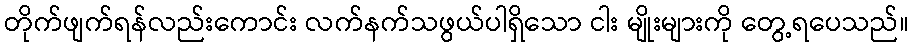
တိုက်ဖျက်ရန်လည်းကောင်း လက်နက်သဖွယ်ပါရှိသော ငါး မျိုးများကို တွေ့ရပေသည်။